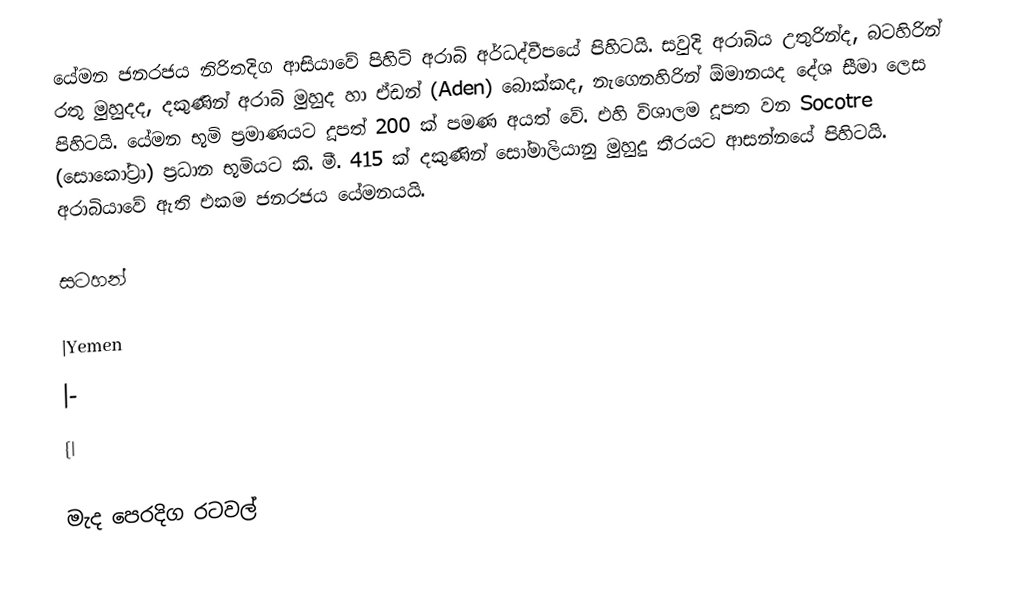
යේමන ජනරජය නිරිතදිග ආසියාවේ පිහිටි අරාබි අර්ධද්වීපයේ පිහිටයි.  සවුදි අරාබිය උතුරින්ද, බටහිරින් රතු මුහුදද, දකුණින් අරාබි මුහුද හා ඒඩන් (Aden) බොක්කද, නැගෙනහිරින් ඕමානයද දේශ සීමා ලෙස පිහිටයි.  යේමන භූමි ප්‍රමාණයට දූපත් 200 ක් පමණ අයත් වේ.  එහි විශාලම දූපත වන Socotre (සොකෝට්‍රා) ප්‍රධාන භූමියට කි. මී. 415 ක් දකුණින් සෝමාලියානු මුහුදු තීරයට ආසන්නයේ පිහිටයි.  අරාබියාවේ ඇති එකම ජනරජය යේමනයයි.

සටහන්

|Yemen
|-
{|

මැද පෙරදිග රටවල්